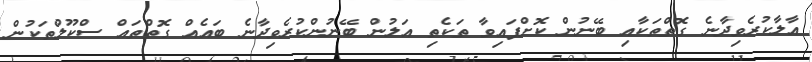
އާލާކުރެވިދާނެ ގޮތްތަކާއި ބޭނުން ކޮށްފައިވާ ތަކެތި އަލުން ބޭނުންކުރެވިދާނެ ބައެއް ގޮތްތައް ސްކޫލްތަކުން